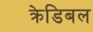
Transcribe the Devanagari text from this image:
क्रेडिबल